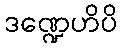
ဒဏ္ဍေဟိပိ